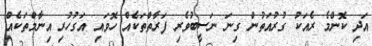
އަދި ކޮންމެ ރެއަކު ގުރުއަތުން ގިނަ ނަސީބުވެރި ފަރާތްތަކެއް ހޮވައި އަގުހުރި އިނާމްތަކެއް